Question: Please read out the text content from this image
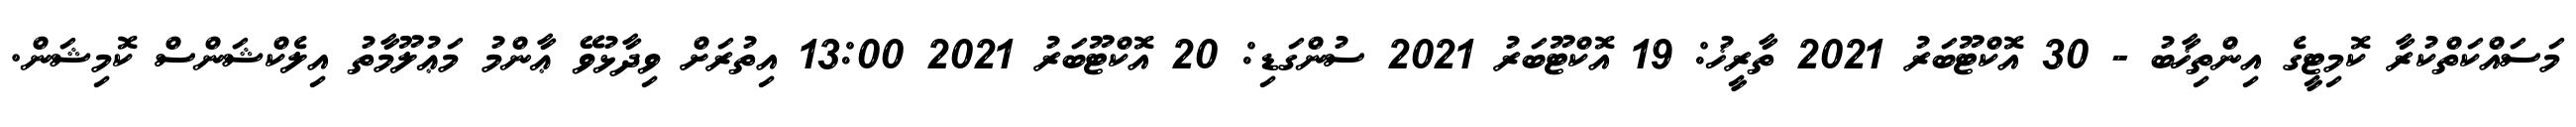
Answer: މަސައްކަތްކުރާ ކޮމިޓީގެ އިންތިޚާބު - 30 އޮކްޓޫބަރު 2021 ތާރީޚު: 19 އޮކްޓޫބަރު 2021 ސުންގަޑި: 20 އޮކްޓޫބަރު 2021 13:00 އިތުރަށް ވިދާޅުވޭ ޢާންމު މަޢުލޫމާތު އިލެކްޝަންސް ކޮމިޝަން.